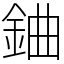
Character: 𨦈